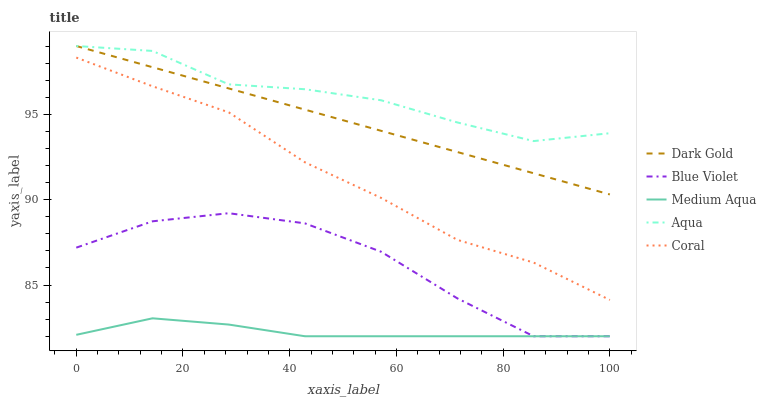
| xaxis_label | Dark Gold | Blue Violet | Medium Aqua | Aqua | Coral |
 | --- | --- | --- | --- | --- | --- |
 | 0 | 99 | 87.2 | 82.1 | 99 | 98.3 |
 | 14.3 | 97.8 | 88.7 | 83.1 | 98.7 | 96.6 |
 | 28.6 | 96.5 | 89.2 | 82.7 | 96.8 | 95.1 |
 | 42.9 | 95.3 | 88.6 | 82 | 96.5 | 92.2 |
 | 57.1 | 94 | 86.9 | 82 | 95.8 | 90.1 |
 | 71.4 | 92.8 | 84.2 | 82 | 94.5 | 87.6 |
 | 85.7 | 91.5 | 82 | 82 | 93.4 | 86.3 |
 | 100 | 90.3 | 82 | 82 | 93.9 | 84.1 |